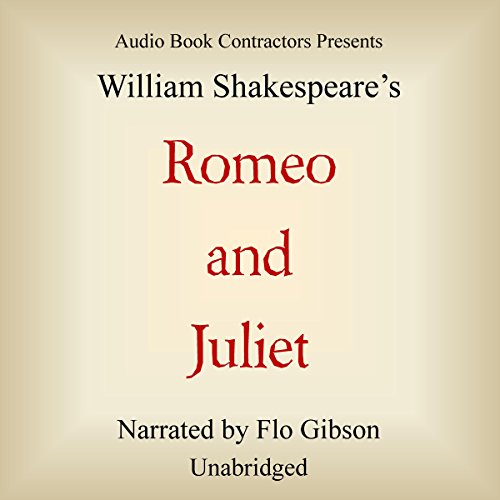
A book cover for Romeo and Juliet; William Shakespeare; Crafts, Hobbies & Home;